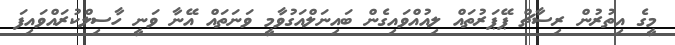
މީގެ އިތުރުން ރިސާޗް ޕޭޕަރުތައް ލިއުއްވައިގެން ބައިނަލްއަގުވާމީ ވަނަތައް އޭނާ ވަނީ ހާސިލްކުރައްވައިފަ